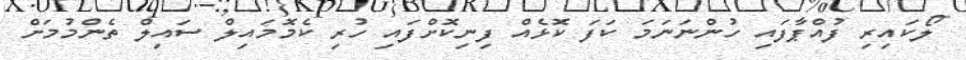
ލޯކައިރި ފުއްޕާފައި ހުންނަނަމަ ކަފަ ކޮޅެއް ފިނިކޮށްފައި ހުރި ކެމޮމައިލް ސައިލް ތެންމުމަށް